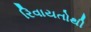
રિવાયતોથી